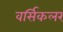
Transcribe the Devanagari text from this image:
वर्सिकलर